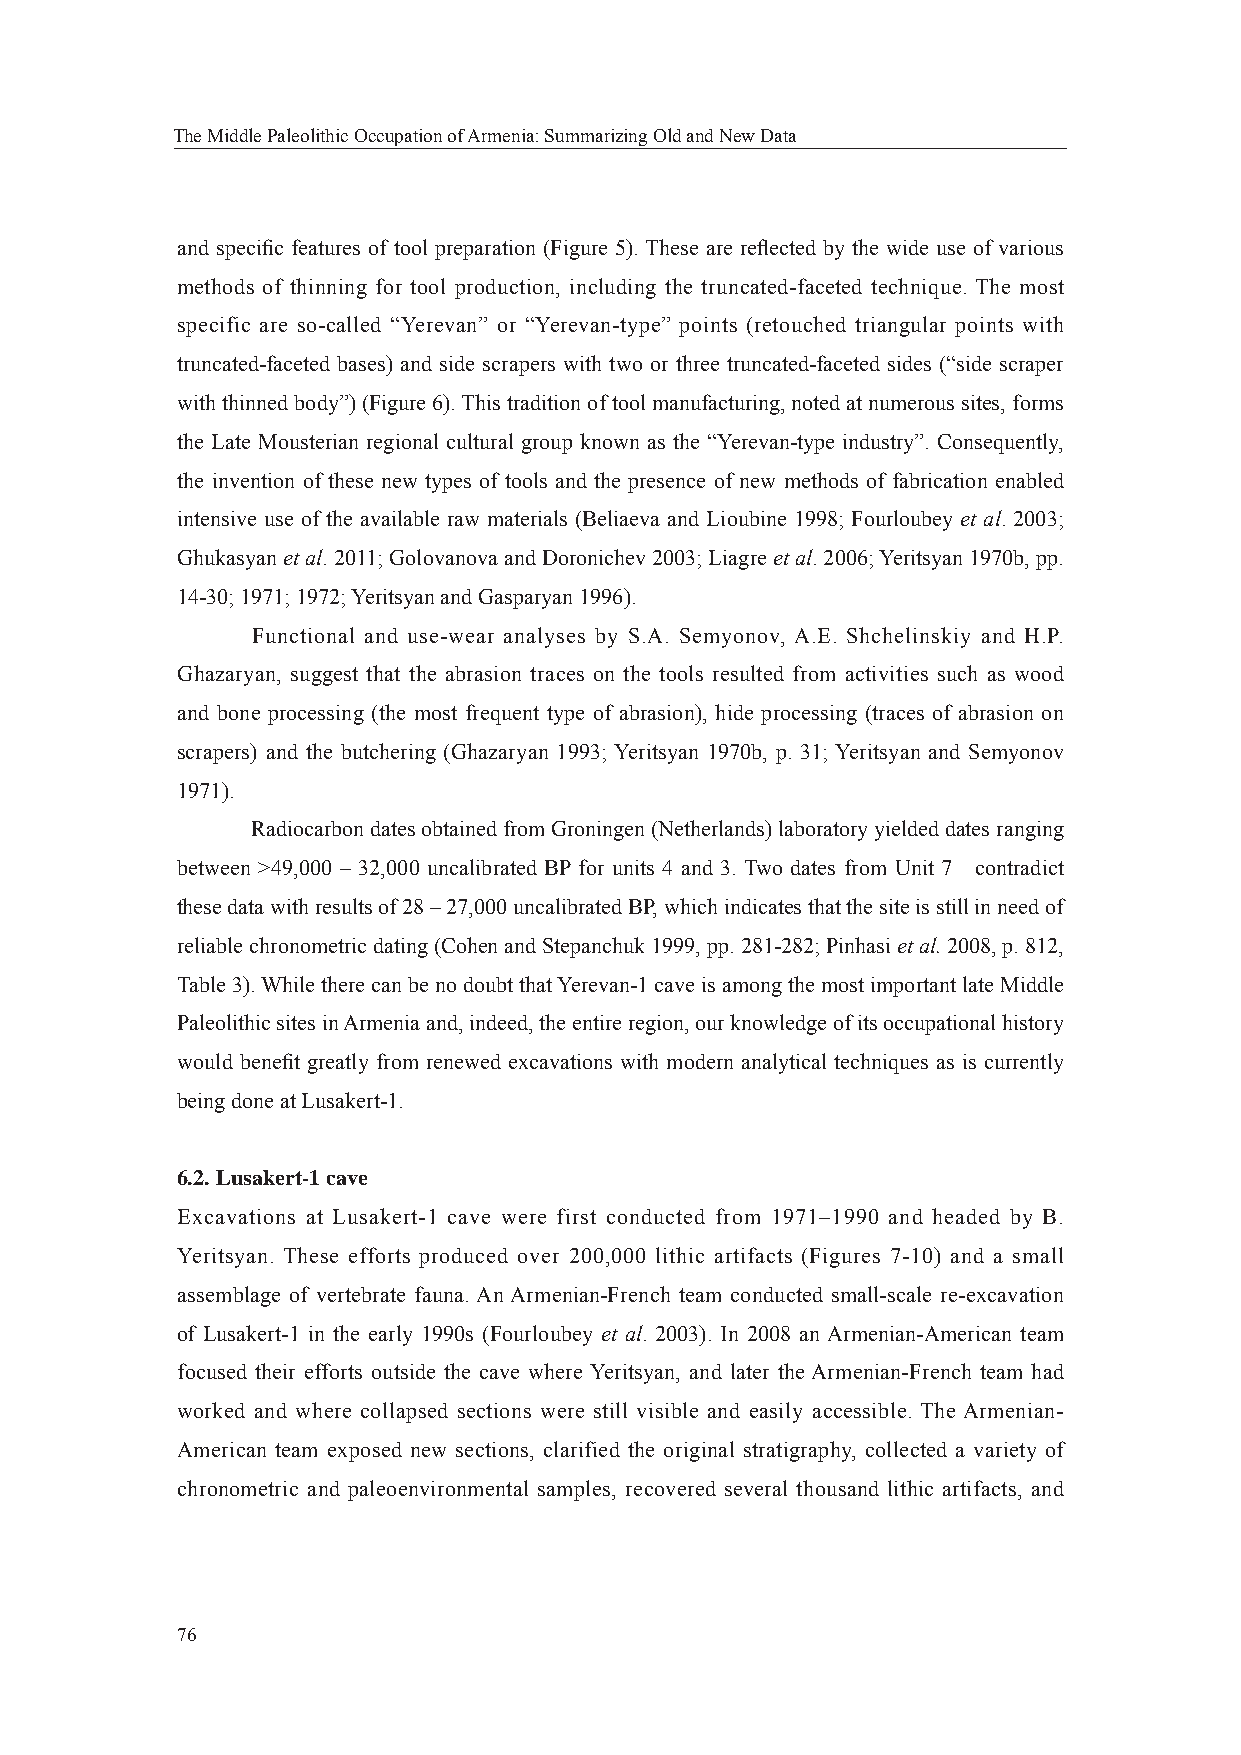
The Middle Paleolithic Occupation of Armenia: Summarizing Old and New Data
 and specifi c features of tool preparation (Figure 5). These are refl ected by the wide use of various
 methods of thinning for tool production, including the truncated-faceted technique. The most
 specific are so-called “Yerevan” or “Yerevan-type” points (retouched triangular points with
 truncated-faceted bases) and side scrapers with two or three truncated-faceted sides (“side scraper
 with thinned body”) (Figure 6). This tradition of tool manufacturing, noted at numerous sites, forms
 the Late Mousterian regional cultural group known as the “Yerevan-type industry”. Consequently,
 the invention of these new types of tools and the presence of new methods of fabrication enabled
 intensive use of the available raw materials (Beliaeva and Lioubine 1998; Fourloubey et al. 2003;
 Ghukasyan et al. 2011; Golovanova and Doronichev 2003; Liagre et al. 2006; Yeritsyan 1970b, pp.
 14-30; 1971; 1972; Yeritsyan and Gasparyan 1996).
 Functional and use-wear analyses by S.A. Semyonov, A.E. Shchelinskiy and H.P.
 Ghazaryan, suggest that the abrasion traces on the tools resulted from activities such as wood
 and bone processing (the most frequent type of abrasion), hide processing (traces of abrasion on
 scrapers) and the butchering (Ghazaryan 1993; Yeritsyan 1970b, p. 31; Yeritsyan and Semyonov
 1971).
 Radiocarbon dates obtained from Groningen (Netherlands) laboratory yielded dates ranging
 between >49,000 – 32,000 uncalibrated BP for units 4 and 3. Two dates from Unit 7 contradict
 these data with results of 28 – 27,000 uncalibrated BP, which indicates that the site is still in need of
 reliable chronometric dating (Cohen and Stepanchuk 1999, pp. 281-282; Pinhasi et al. 2008, p. 812,
 Table 3). While there can be no doubt that Yerevan-1 cave is among the most important late Middle
 Paleolithic sites in Armenia and, indeed, the entire region, our knowledge of its occupational history
 would benefi t greatly from renewed excavations with modern analytical techniques as is currently
 being done at Lusakert-1.
 6.2. Lusakert-1 cave
 Excavations at Lusakert-1 cave were first conducted from 1971–1990 and headed by B.
 Yeritsyan. These efforts produced over 200,000 lithic artifacts (Figures 7-10) and a small
 assemblage of vertebrate fauna. An Armenian-French team conducted small-scale re-excavation
 of Lusakert-1 in the early 1990s (Fourloubey et al. 2003). In 2008 an Armenian-American team
 focused their efforts outside the cave where Yeritsyan, and later the Armenian-French team had
 worked and where collapsed sections were still visible and easily accessible. The Armenian-
 American team exposed new sections, clarified the original stratigraphy, collected a variety of
 chronometric and paleoenvironmental samples, recovered several thousand lithic artifacts, and
 76